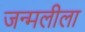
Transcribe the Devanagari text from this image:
जन्मलीला